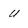
Character: U